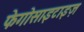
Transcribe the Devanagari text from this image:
फेगोसाइटाइज़